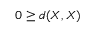
0 \geq d ( X , X )